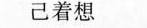
己着想